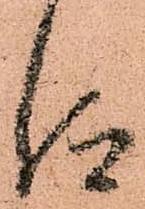
仰